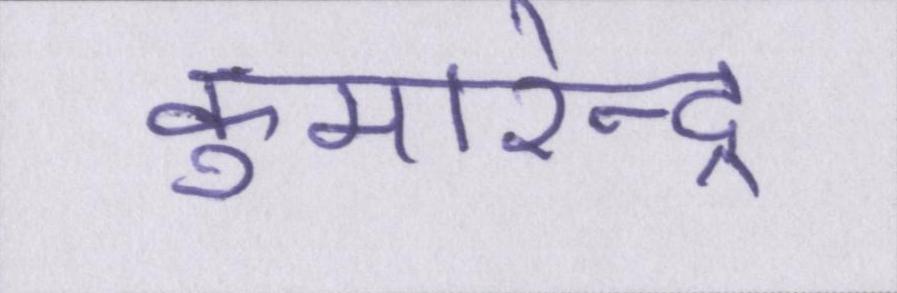
कुमारेन्द्र